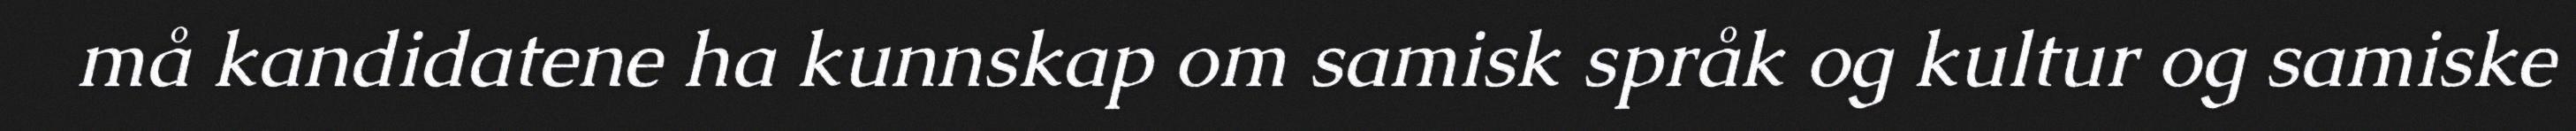
må kandidatene ha kunnskap om samisk språk og kultur og samiske